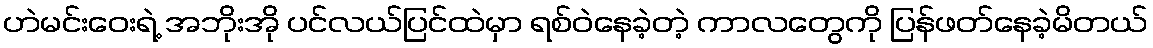
ဟဲမင်းဝေးရဲ့ အဘိုးအို ပင်လယ်ပြင်ထဲမှာ ရစ်ဝဲနေခဲ့တဲ့ ကာလတွေကို ပြန်ဖတ်နေခဲ့မိတယ်